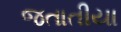
જતાતીયા